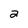
Character: 2